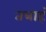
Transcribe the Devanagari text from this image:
तत्राहं